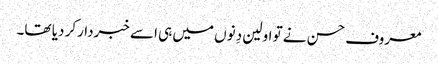
معروف حسن نے تو اولین دِنوں میں ہی اسے خبردارکر دیا تھا۔